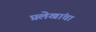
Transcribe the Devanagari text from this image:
प्रलेखांचा